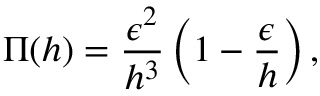
\Pi ( h ) = \frac { \epsilon ^ { 2 } } { h ^ { 3 } } \left( 1 - \frac { \epsilon } { h } \right) ,